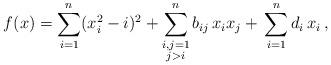
LaTeX: \begin{align*} f(x) = \sum_{i=1}^n (x_i^2 - i)^2 + \sum_{\substack{i,j=1 \\ j>i}}^nb_{ij}\,x_i x_j + \,\sum_{i=1}^nd_i\,x_i\,,\end{align*}